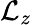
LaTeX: \mathcal{L}_{z}